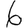
Digit: 6